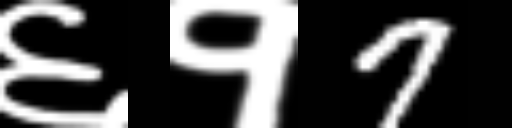
Text: ६१7